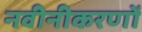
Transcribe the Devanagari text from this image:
नवीनीकरणों